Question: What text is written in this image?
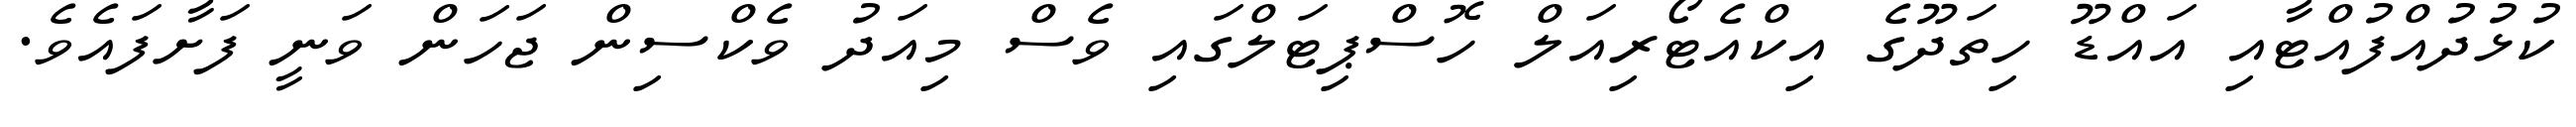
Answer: ކުޅުދުއްފުއްޓާއި އައްޑޫ ހިތަދޫގެ އިކްއެޓޯރިއަލް ހޮސްޕިޓަލްގައި ވެސް މިއަދު ވެކްސިން ޖަހަން ވަނީ ފަށާފައެވެ.